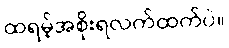
ထရမ့်အစိုးရလက်ထက်ပဲ။